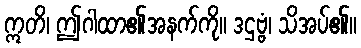
ဣတိ၊ ဤဂါထာ၏အနက်ကို။ ဒဌဗ္ဗံ၊ သိအပ်၏။